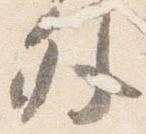
外